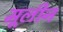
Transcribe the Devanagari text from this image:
मूलीन